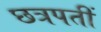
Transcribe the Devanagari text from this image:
छत्रपतीं